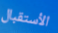
الأستقبال